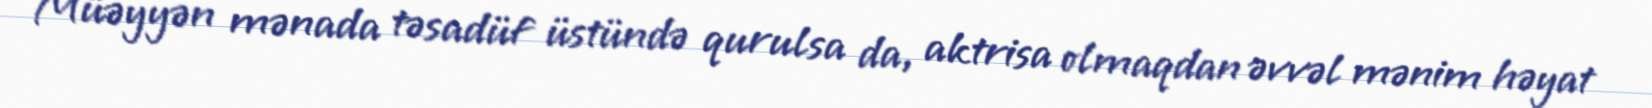
Müəyyən mənada təsadüf üstündə qurulsa da, aktrisa olmaqdan əvvəl mənim həyat